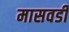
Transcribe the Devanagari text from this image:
मासवडी